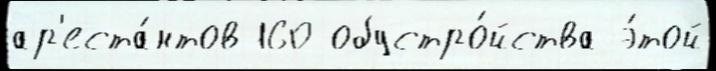
ар'еста́нтов 160 обустро́йства э́той